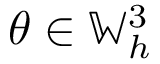
\theta \in \mathbb { W } _ { h } ^ { 3 }